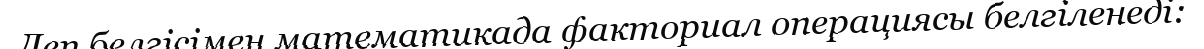
Леп белгісімен математикада факториал операциясы белгіленеді: